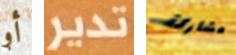
أو تدير مشاركة